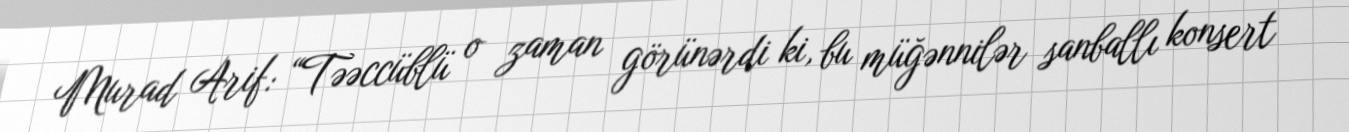
Murad Arif: “Təəccüblü o zaman görünərdi ki, bu müğənnilər sanballı konsert